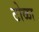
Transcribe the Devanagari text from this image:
टोळा